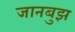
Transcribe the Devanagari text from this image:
जानबुझ